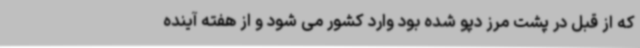
که از قبل در پشت مرز دپو شده بود وارد کشور می شود و از هفته آینده